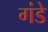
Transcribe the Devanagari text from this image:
गंडे